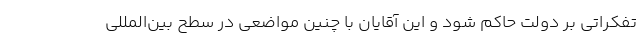
تفکراتی بر دولت حاکم شود و این آقایان با چنین مواضعی در سطح بین‌المللی